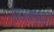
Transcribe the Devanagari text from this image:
राज्यप्रदत